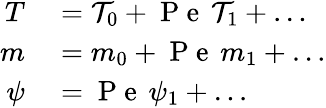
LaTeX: \begin{array}{rl}{T}&{{}=\mathcal{T}_{0}+\mathrm{~P~e~}\, \mathcal{T}_{1}+\ldots}\\ {m}&{{}=m_{0}+\mathrm{~P~e~}\, m_{1}+\ldots}\\ {\psi}&{{}=\mathrm{~P~e~}\, \psi_{1}+\ldots}\end{array}